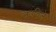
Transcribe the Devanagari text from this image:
लढविले